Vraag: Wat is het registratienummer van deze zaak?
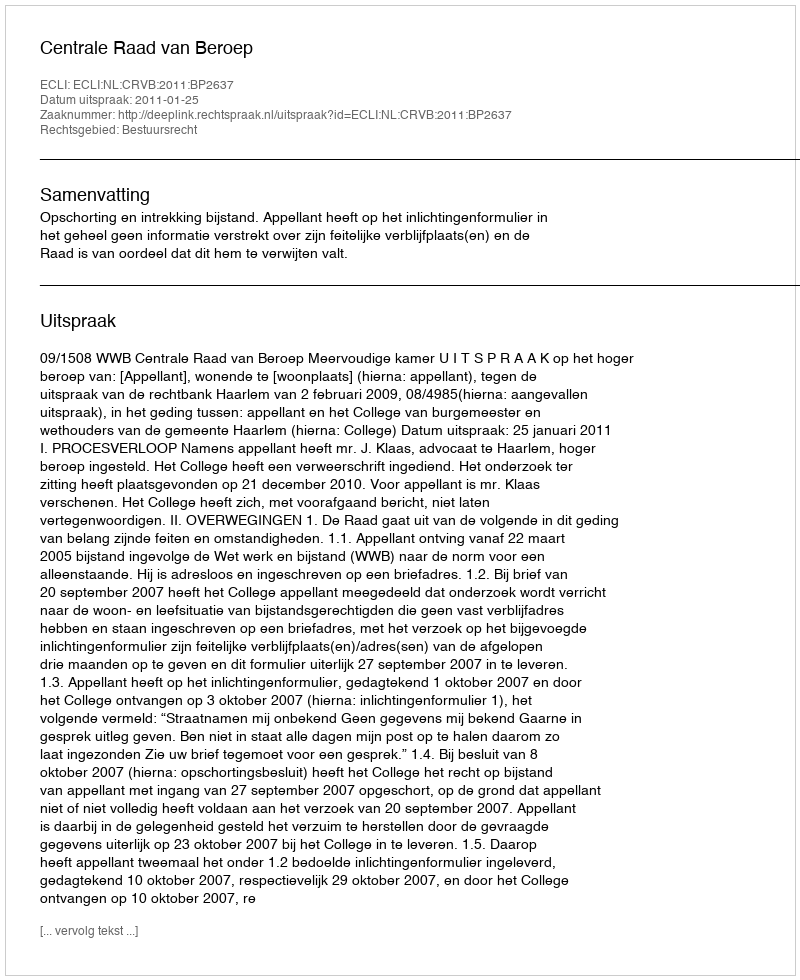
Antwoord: http://deeplink.rechtspraak.nl/uitspraak?id=ECLI:NL:CRVB:2011:BP2637